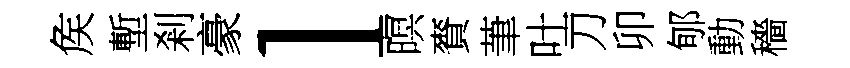
矦塹剎豪l暝賚茟吐刀卯郇動穡